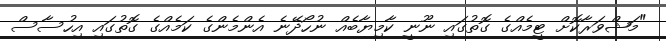
"މަޝްވަރާކޮށް ޓީމެއްގެ ގޮތުގައި ނޫނީ ކާމިޔާބެއް ނުހޯދޭނެ އެންމެންގެ ކަމެއްގެ ގޮތުގައި އިހުސާސް